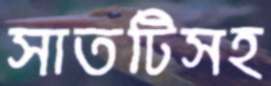
সাতটিসহ